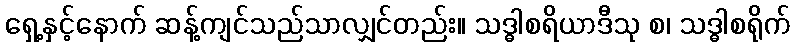
ရှေ့နှင့်နောက် ဆန့်ကျင်သည်သာလျှင်တည်း။ သဒ္ဓါစရိယာဒီသု စ၊ သဒ္ဓါစရိုက်